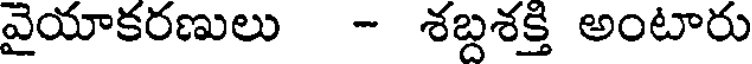
వైయాకరణులు - శబ్దశక్తి అంటారు